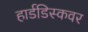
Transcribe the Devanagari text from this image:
हार्डडिस्कवर